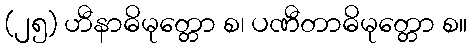
(၂၅) ဟီနာဓိမုတ္တော စ၊ ပဏီတာဓိမုတ္တော စ။